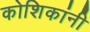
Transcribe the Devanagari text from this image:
कोशिकांनी